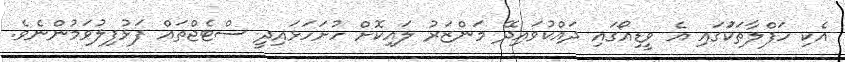
އެކި ހަފްލާތަކުަގައި އެ ވީޑިއޯގައި ދައްކުވައިދޭ މަންޒަރު ލައިކޮށް ހުށަހަޅައިދީ ސްޓެޖްތައް ފަޅުފިލުވަމުންނެވެ.